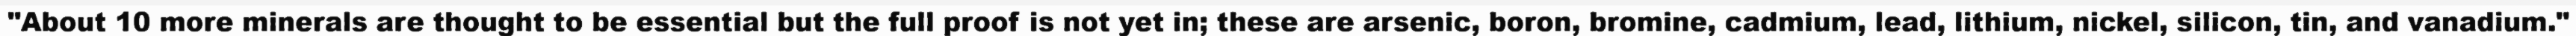
"About 10 more minerals are thought to be essential but the full proof is not yet in; these are arsenic, boron, bromine, cadmium, lead, lithium, nickel, silicon, tin, and vanadium."